Indian journal of veterinary science and animal husbandry - Volumes 15-17, 1948-1951
Year: 1948
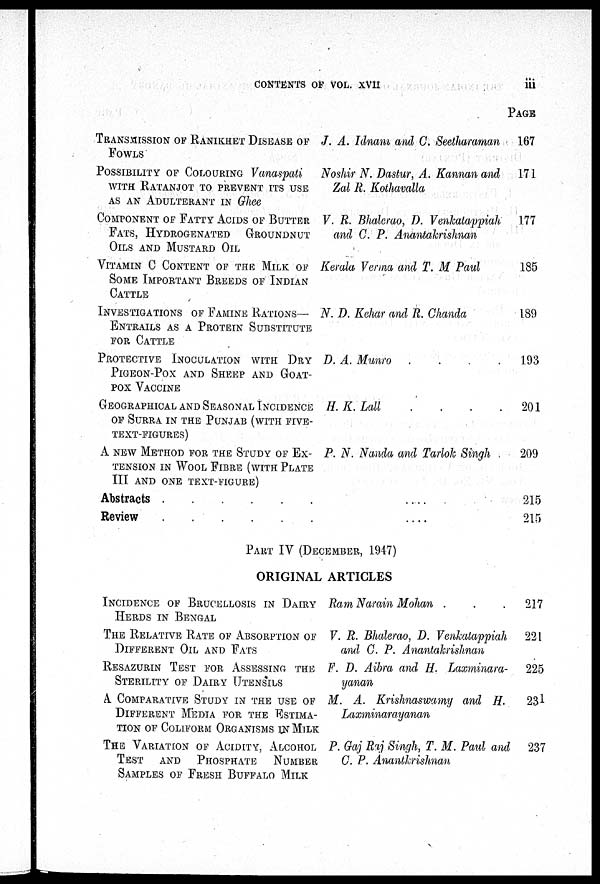
CONTENTS OF VOL. XVII iii
TRANSMISSION OF RANIKHET DISEASE OF
FOWLS
POSSIBILITY OF COLOURING VANASPATI
WITH RATANJOT TO PREVENT ITS USE
AS AN ADULTERANT IN Ghee
COMPONENT OF FATTY ACIDS OF BUTTER
FATS, HYDROGENATED GROUNDNUT
OILS AND MUSTARD OIL
VITAMIN C CONTENT OF THIS MILK OF
SOME IMPORTANT BREEDS OF INDIAN
CATTLE
INVESTIGATIONS OF FAMINE RATIONS-
ENTRAILS AS A PROTEIN SUBSTITUTE
FOR CATTLE
PROTECTIVE INOCULATION WITH DRY
PIGEON-POX AND SHEEP AND GOAT-
POX VACCINE
GEOGRAPHICAL AND SEASONAL INCIDENCE
OF SURRA IN THE PUNJAB (WITH FIVE-
TEXT-FIGURES)
A NEW METHOD FOR THE STUDY OF EX-
TENSION IN WOOL FIBRE (WITH PLATE
III AND ONE TEXT-FIGURE)
Abstracts
.
.
.
.
.
.
Review
.
.
.
.
.
.
J. A. Idnani and C. Seetharaman
Noshir N. Dastur, A. Kannan and
Zal R. Kothavalla
V. R. Bhalerao, D. Venkatappiah
and C. P. Anantakrishnan
Kerala Verma and T. M Paul
N. D. Kehar and R. Chanda
D. A. Munro
.
.
.
.
H. K. Lall
.
.
.
.
P. N. Nanda and Tarlok Singh
. . . .
. . . .
PAGE
167
171
177
185
189
193
201
209
215
215
PART IV (DECEMBER, 1947)
ORIGINAL ARTICLES
INCIDENCE OF BRUCELLOSIS IN DAIRY
HERDS IN BENGAL
THE RELATIVE RATE OF ABSORPTION OF
DIFFERENT OIL AND FATS
RESAZURIN TEST FOR ASSESSING THE
STERILITY OF DAIRY UTENSILS
A COMPARATIVE STUDY IN THE USE OF
DIFFERENT MEDIA FOR THE ESTIMA-
TION OF COLIFORM ORGANISMS IN MILK
THE VARIATION OF ACIDITY, ALCOHOL
TEST AND PHOSPHATE NUMBER
SAMPLES OF FRESH BUFFALO MILK
Ram Narain Mohan . . .
V. R. Bhalerao, D. Venkatappiah
and C. P. Anantakrishnan
F. D. Aibra and H. Laxminara-
yanan
M. A. Krishnaswamy and H.
Laxminarayanan
P. Gaj Raj Singh, T. M. Paul and
C. P. Anantkrishnan
217
221
225
23l
237